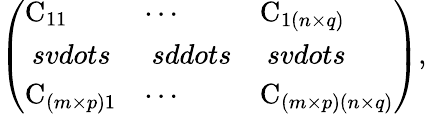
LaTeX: \mathrm{\left(\begin{array}{lll}{\mathrm{C}_{11}}&{\cdots}&{\mathrm{C}_{1(n\times q)}}\\ {\ svdots}&{\ sddots}&{\ svdots}\\ {\mathrm{C}_{(m\times p)1}}&{\cdots}&{\mathrm{C}_{(m\times p)(n\times q)}}\end{array}\right),}